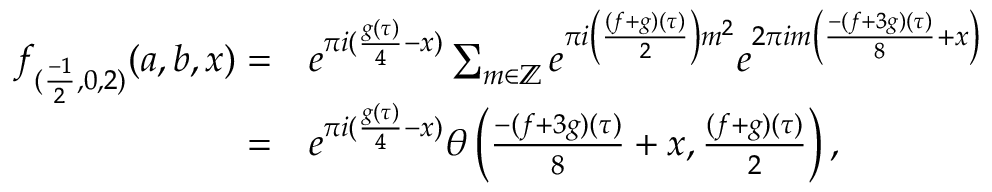
\begin{array} { r l } { f _ { ( \frac { - 1 } { 2 } , 0 , 2 ) } ( a , b , x ) = } & { e ^ { \pi i ( \frac { g ( \tau ) } { 4 } - x ) } \sum _ { m \in \mathbb { Z } } e ^ { \pi i \left( \frac { ( f + g ) ( \tau ) } { 2 } \right) m ^ { 2 } } e ^ { 2 \pi i m \left( \frac { - ( f + 3 g ) ( \tau ) } { 8 } + x \right) } } \\ { = } & { e ^ { \pi i ( \frac { g ( \tau ) } { 4 } - x ) } \theta \left( \frac { - ( f + 3 g ) ( \tau ) } { 8 } + x , \frac { ( f + g ) ( \tau ) } { 2 } \right) , } \end{array}